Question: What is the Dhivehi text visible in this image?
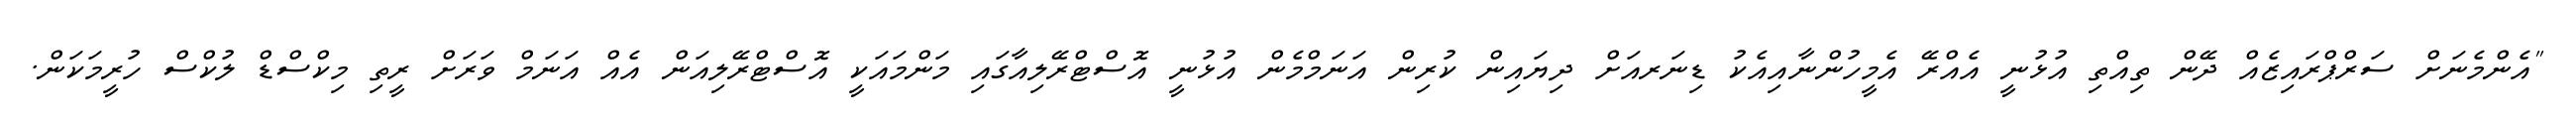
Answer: "އެންމެނަށް ސަރްޕްރައިޒެއް ދޭން ތިއްތި އުޅުނީ އެއްރޭ އެމީހުންނާއިއެކު ޑިނަރއަށް ދިޔައިން ކުރިން އަނަމްމެން އުޅުނީ އޮސްޓްރޭލިއާގައި މަންމައަކީ އޮސްޓްރޭލިއަން އެއް އަނަމް ވަރަށް ރީތި މިކްސްޑް ލުކްސް ހުރީމަކަން.